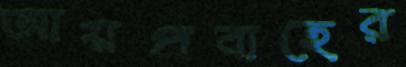
আয়প্রবাহের